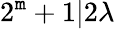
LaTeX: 2^{\mathtt{m}}+1|2\lambda